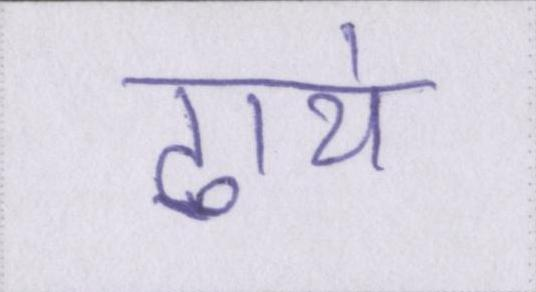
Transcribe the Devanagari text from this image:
ढाये